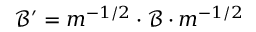
\mathcal { B } ^ { \prime } = m ^ { - 1 / 2 } \cdot \mathcal { B } \cdot m ^ { - 1 / 2 }